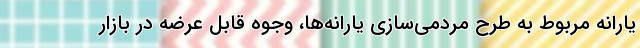
یارانه مربوط به طرح مردمی‌سازی یارانه‌ها، وجوه قابل عرضه در بازار